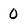
Character: 0